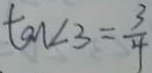
\tan \angle 3 = \frac { 3 } { 4 }